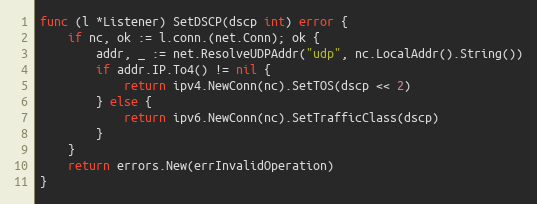
Language: Go
func (l *Listener) SetDSCP(dscp int) error {
	if nc, ok := l.conn.(net.Conn); ok {
		addr, _ := net.ResolveUDPAddr("udp", nc.LocalAddr().String())
		if addr.IP.To4() != nil {
			return ipv4.NewConn(nc).SetTOS(dscp << 2)
		} else {
			return ipv6.NewConn(nc).SetTrafficClass(dscp)
		}
	}
	return errors.New(errInvalidOperation)
}